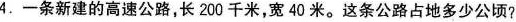
4.一条新建的高速公路，长200千米，宽40米。这条公路占地多少公顷？